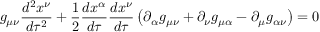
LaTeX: g _ { \mu \nu } { \frac { d ^ { 2 } x ^ { \nu } } { d \tau ^ { 2 } } } + { \frac { 1 } { 2 } } { \frac { d x ^ { \alpha } } { d \tau } } { \frac { d x ^ { \nu } } { d \tau } } \left( \partial _ { \alpha } g _ { \mu \nu } + \partial _ { \nu } g _ { \mu \alpha } - \partial _ { \mu } g _ { \alpha \nu } \right) = 0